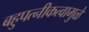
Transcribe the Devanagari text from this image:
बहुपत्‍नीकत्वामुळे